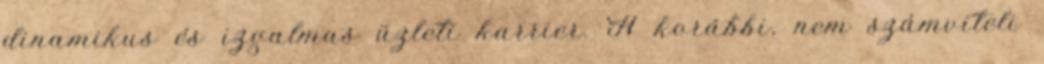
dinamikus és izgalmas üzleti karrier. A korábbi, nem számviteli